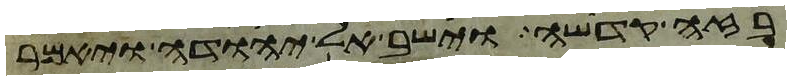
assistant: בזה קדשה וישב אל יהודה ויאמר